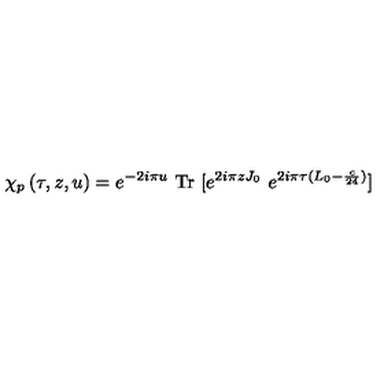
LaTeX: \chi _ { p } \left( \tau , z , u \right) = e ^ { - 2 i \pi u } \ \mathrm { T r } \ [ e ^ { 2 i \pi z J _ { 0 } } \ e ^ { 2 i \pi \tau ( L _ { 0 } - { \frac { c } { 2 4 } } ) } ]